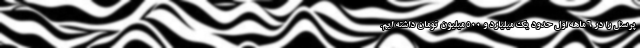
پرسنل را در 6 ماهه اول حدود یک میلیارد و 500 میلیون تومان داشته ایم.